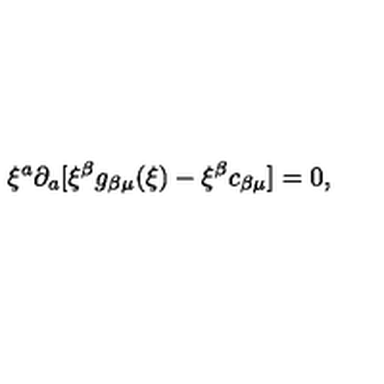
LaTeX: \xi ^ { a } \partial _ { a } [ \xi ^ { \beta } g _ { \beta \mu } ( \xi ) - \xi ^ { \beta } c _ { \beta \mu } ] = 0 ,